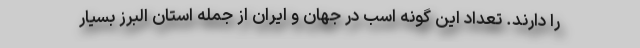
را دارند. تعداد این گونه اسب در جهان و ایران از جمله استان البرز بسیار